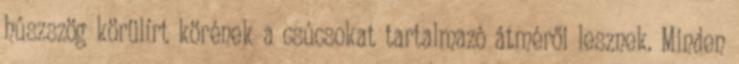
húszszög körülírt körének a csúcsokat tartalmazó átmérői lesznek. Minden